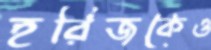
হরিজকেও